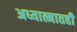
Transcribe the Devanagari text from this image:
अध्यात्मातही